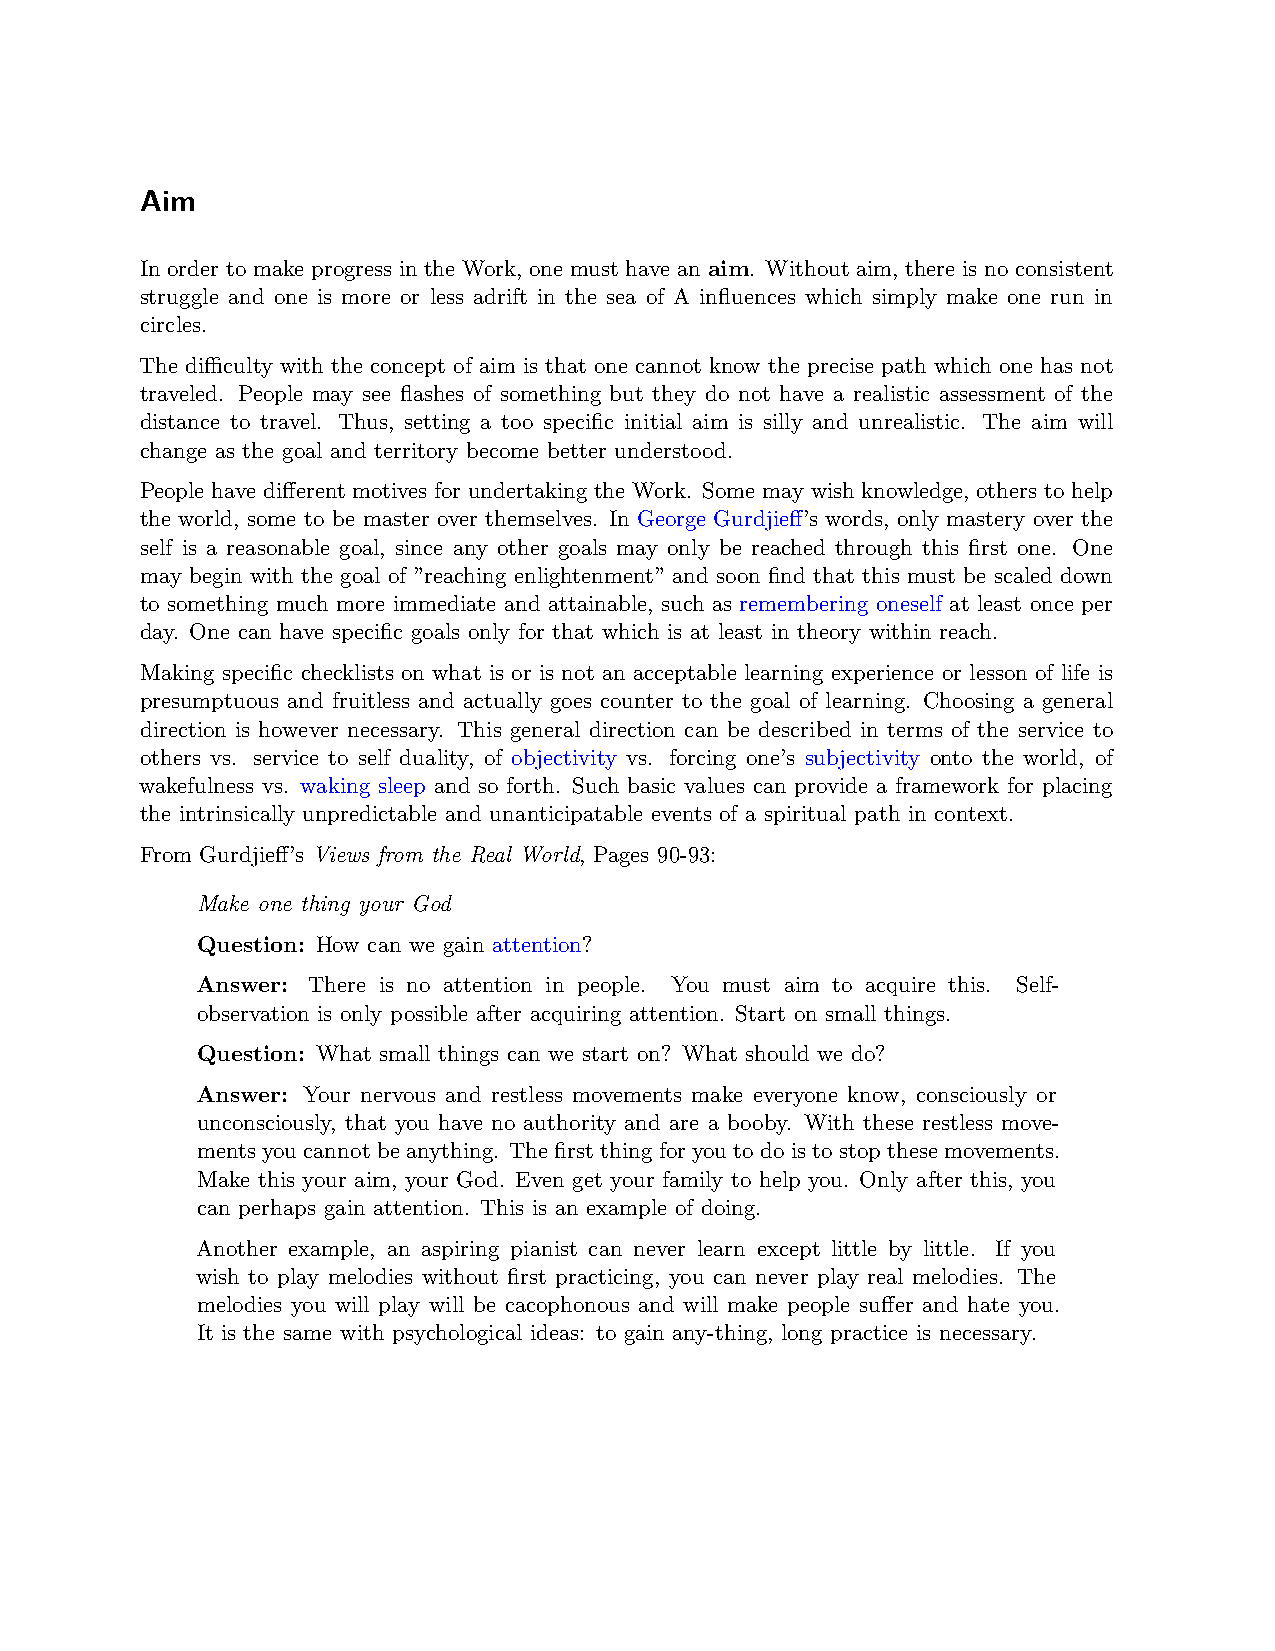
Aim
 In order to make progress in the Work, one must have an aim. Without aim, there is no consistent
 struggle and one is more or less adrift in the sea of A influences which simply make one run in
 circles.
 The diﬀiculty with the concept of aim is that one cannot know the precise path which one has not
 traveled. People may see flashes of something but they do not have a realistic assessment of the
 distance to travel. Thus, setting a too specific initial aim is silly and unrealistic. The aim will
 change as the goal and territory become better understood.
 People have different motives for undertaking the Work. Some may wish knowledge, others to help
 the world, some to be master over themselves. In George Gurdjieff’s words, only mastery over the
 self is a reasonable goal, since any other goals may only be reached through this first one. One
 may begin with the goal of ”reaching enlightenment” and soon find that this must be scaled down
 to something much more immediate and attainable, such as remembering oneself at least once per
 day. One can have specific goals only for that which is at least in theory within reach.
 Making specific checklists on what is or is not an acceptable learning experience or lesson of life is
 presumptuous and fruitless and actually goes counter to the goal of learning. Choosing a general
 direction is however necessary. This general direction can be described in terms of the service to
 others vs. service to self duality, of objectivity vs. forcing one’s subjectivity onto the world, of
 wakefulness vs. waking sleep and so forth. Such basic values can provide a framework for placing
 the intrinsically unpredictable and unanticipatable events of a spiritual path in context.
 From Gurdjieff’s Views from the Real World, Pages 90-93:
 Make one thing your God
 Question: How can we gain attention?
 Answer: There is no attention in people. You must aim to acquire this. Self-
 observation is only possible after acquiring attention. Start on small things.
 Question: What small things can we start on? What should we do?
 Answer: Your nervous and restless movements make everyone know, consciously or
 unconsciously, that you have no authority and are a booby. With these restless move-
 ments you cannot be anything. The first thing for you to do is to stop these movements.
 Make this your aim, your God. Even get your family to help you. Only after this, you
 can perhaps gain attention. This is an example of doing.
 Another example, an aspiring pianist can never learn except little by little. If you
 wish to play melodies without first practicing, you can never play real melodies. The
 melodies you will play will be cacophonous and will make people suffer and hate you.
 It is the same with psychological ideas: to gain any-thing, long practice is necessary.